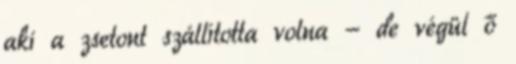
aki a zsetont szállította volna - de végül ő